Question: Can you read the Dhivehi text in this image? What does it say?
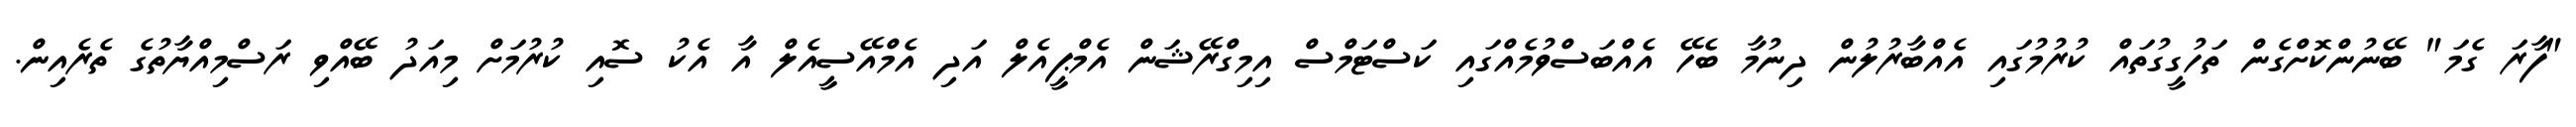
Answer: "ފާރަ ގެމަ" ބޭނުންކޮށްގެން ތަހުގީގުތައް ކުރުމުގައި އެއްބާރުލުން ދިނުމާ ބެހޭ އެއްބަސްވުމެއްގައި ކަސްޓަމްސް އިމިގްރޭޝަން އެމްޕީއެލް އަދި އެމްއޭސީއެލް އާ އެކު ސޮއި ކުރުމަށް މިއަދު ބޭއްވި ރަސްމިއްޔާތުގެ ތެރެއިން.